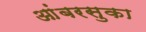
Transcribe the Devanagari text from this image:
आंबरसुका